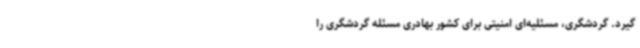
گیرد. گردشگری، مسئلیه‌ای امنیتی برای کشور بهادری مسئله گردشگری را